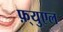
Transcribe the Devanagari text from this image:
फ़्युएल